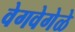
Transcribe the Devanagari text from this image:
वेगवेगेळे